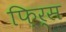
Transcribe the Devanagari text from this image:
फ़िर्स